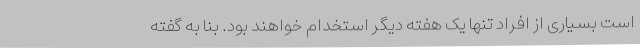
است بسیاری از افراد تنها یک هفته دیگر استخدام خواهند بود. بنا به گفته